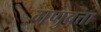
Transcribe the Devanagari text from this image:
गणुवत्ता